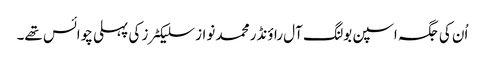
اُن کی جگہ اسپن بولنگ آل راؤنڈر محمد نواز سلیکٹرز کی پہلی چوائس تھے۔